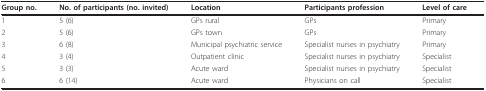
<table><thead><tr><td><b>Group no.</b></td><td><b>No. of participants (no. invited)</b></td><td><b>Location</b></td><td><b>Participants profession</b></td><td><b>Level of care</b></td></tr></thead><tbody><tr><td>1</td><td>5 (6)</td><td>GPs rural</td><td>GPs</td><td>Primary</td></tr><tr><td>2</td><td>5 (6)</td><td>GPs town</td><td>GPs</td><td>Primary</td></tr><tr><td>3</td><td>6 (8)</td><td>Municipal psychiatric service</td><td>Specialist nurses in psychiatry</td><td>Primary</td></tr><tr><td>4</td><td>3 (4)</td><td>Outpatient clinic</td><td>Specialist nurses in psychiatry</td><td>Specialist</td></tr><tr><td>5</td><td>3 (3)</td><td>Acute ward</td><td>Specialist nurses in psychiatry</td><td>Specialist</td></tr><tr><td>6</td><td>6 (14)</td><td>Acute ward</td><td>Physicians on call</td><td>Specialist</td></tr></tbody></table>